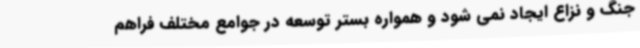
جنگ و نزاع ایجاد نمی شود و همواره بستر توسعه در جوامع مختلف فراهم